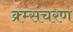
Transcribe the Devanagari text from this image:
क्र्म्संचरण